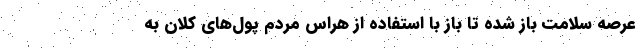
عرصه سلامت باز شده تا باز با استفاده از هراس مردم پول‌های کلان به